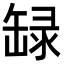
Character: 𬙐